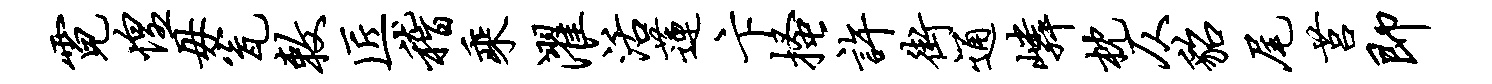
霓惶毋瓮敕匠稽乘濯活莲卞搔许街通嶙枕仄貂尾莒即